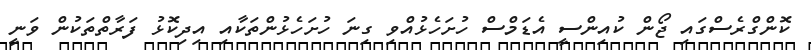
ކޮންގްރެސްގައި ޖޯން ކުއިންސީ އެޑަމްސް ހުށަހެޅުއްވި ގިނަ ހުށަހެޅުންތަކާއި އިދިކޮޅު ފަރާތްތަކުން ވަނީ